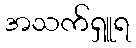
အသက်ရှူရ